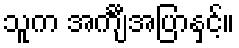
သူက အင်္ကျီအပြာနှင့်။